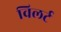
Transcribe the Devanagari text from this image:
विलर्ट